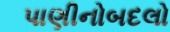
પાણીનોબદલો